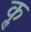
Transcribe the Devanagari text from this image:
कॢ